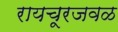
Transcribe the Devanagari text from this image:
रायचूरजवळ